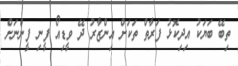
ތިބޭ ބަޔަކު އިދިކޮޅު ފަރާތް ތަަކަށް އިންޒާރު ދޭ ވީޑިއޯ ފީނި ފީންނަށް